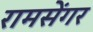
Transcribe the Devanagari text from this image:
रामसेंगर